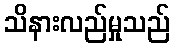
သိနားလည်မှုသည်